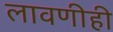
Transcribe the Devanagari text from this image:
लावणीही